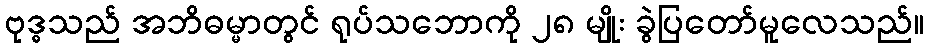
ဗုဒ္ဓသည် အဘိဓမ္မာတွင် ရုပ်သဘောကို ၂၈ မျိုး ခွဲပြတော်မူလေသည်။